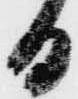
日